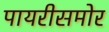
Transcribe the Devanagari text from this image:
पायरीसमोर